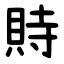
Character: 䝰